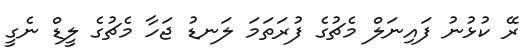
ރޭ ކުޅުނު ފައިނަލް މެޗުގެ ފުރަތަމަ ލަނޑު ޖަހާ މެޗުގެ ލީޑް ނެގީ